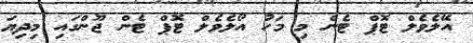
އޭލެވެލް ޓޮޕް ޓެން މި މަހު އޯލެވެލް ޓޮޕް ޓެން ޖޫންގައި މިދިޔަ